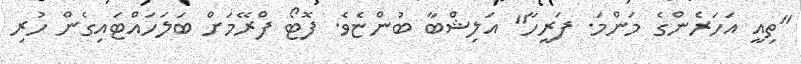
"ތިއީ އަހަރެންގެ މަންމަ. ފަރީހާ" އަލިޝްބާ ބުންޏެވެ. ފޮޓޯ ފްރޭމަށް ބަލަހައްޓައިގެން ހުރި